Annual administration report of the Bombay Presidency - 1887-1892
Year: 1887
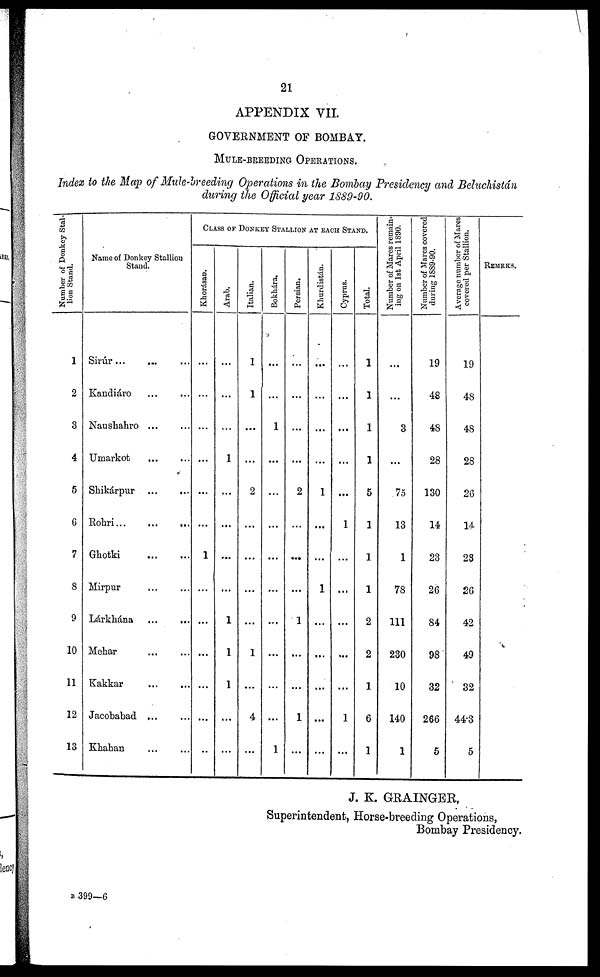
21
APPENDIX VII.
GOVERNMENT OF BOMBAY.
MULE-BREEDING OPERATIONS.
Index to the Map of Mule-breeding Operations in the Bombay Presidency and Beluchistán
during the Official year 1889-90.
Number of Donkey Stal-
lion Stand.
1
2
3
4
5
6
7
8
9
10
11
12
13
Name of Donkey Stallion
Stand.
Sirúr...
... ...
Kandiáro ... ...
Naushahro ... ...
Umarkot
... ...
Shikárpur
...
...
Rohri...
...
...
Ghotki
...
...
Mirpur
...
...
Lárkhána
...
...
Mehar
...
...
Kakkar
...
...
Jacobabad ... ...
Khahan ... ...
CLASS OF DONKEY STALLION AT EACH STAND.
Khorásan.
...
...
...
...
...
...
1
...
...
...
...
...
...
Arab.
...
...
...
1
...
...
...
...
1
1
1
...
...
Italian.
1
1
...
...
2
...
...
...
...
1
...
4
...
Bokhára.
...
...
1
...
...
...
...
...
...
...
...
...
1
Persian.
...
...
...
...
2
...
...
...
1
...
...
1
...
Khurdistán.
...
...
...
...
1
...
...
1
...
...
...
...
...
Cyprus.
...
...
...
...
...
1
...
...
...
...
...
1
...
Total.
1
1
1
1
5
1
1
1
2
2
1
6
1
Number of Mares remain-
ing on 1st April 1890.
...
...
3
...
75
13
1
78
111
230
10
140
1
Number of Marcs covered
during 1889-90.
19
48
48
28
130
14
23
26
84
98
32
266
5
Average number of Mares
covered per Stallion.
19
48
48
28
26
14
23
26
42
49
32
44.3
5
REMARKS.
J. K. GRAINGER,
Superintendent, Horse-breeding Operations,
Bombay Presidency.
B 399—6